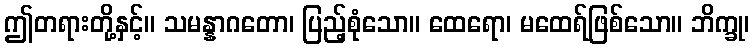
ဤတရားတို့နှင့်။ သမန္နာဂတော၊ ပြည့်စုံသော။ ထေရော၊ မထေရ်ဖြစ်သော။ ဘိက္ခု၊